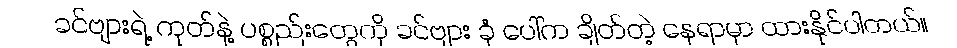
ခင်ဗျားရဲ့ ကုတ်နဲ့ ပစ္စည်းတွေကို ခင်ဗျား ခုံ ပေါ်က ချိတ်တဲ့ နေရာမှာ ထားနိုင်ပါတယ်။